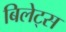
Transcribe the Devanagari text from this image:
बिलेट्स